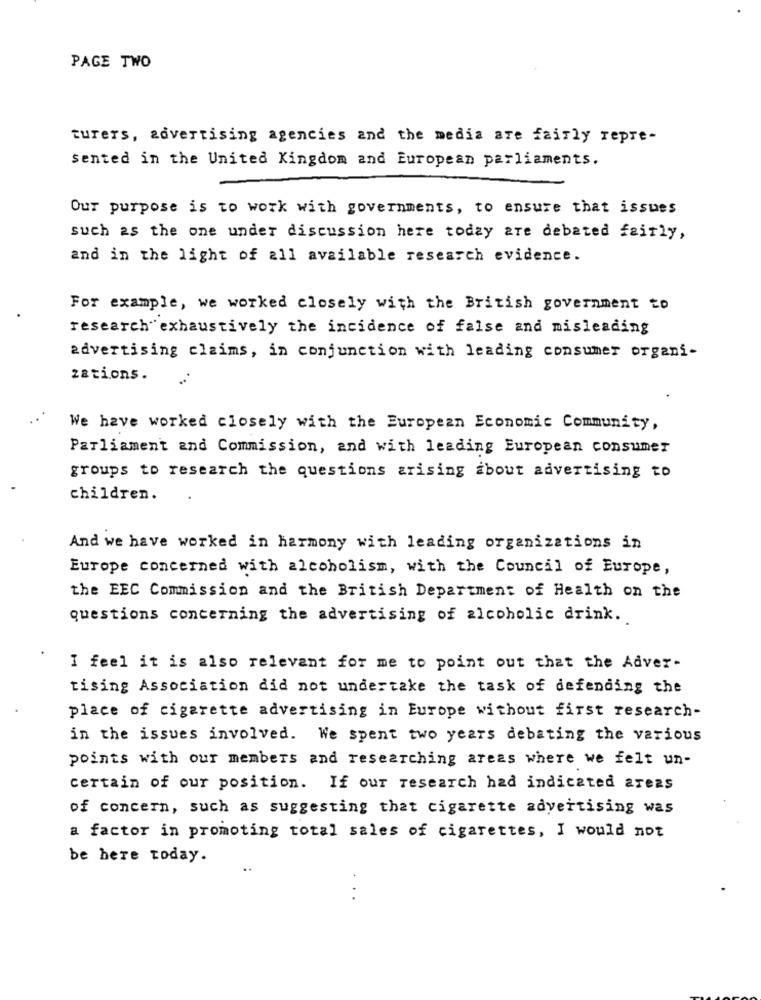
PAGE TWO
turers, advertising agencies and the media are fairly repre-
sented in the United Kingdom and European parliaments.
Our purpose is to work with governments, to ensure that issues
such as the one under discussion here today are debated fairly,
and in the light of all available research evidence.
For example, we worked closely with the British government to
research exhaustively the incidence of false and misleading
advertising claims, in conjunction with leading consumer organi-
zations .
..
We have worked closely with the European Economic Community,
Parliament and Commission, and with leading European consumer
groups to research the questions arising about advertising to
children.
And we have worked in harmony with leading organizations in
Europe concerned with alcoholism, with the Council of Europe,
the EEC Commission and the British Department of Health on the
questions concerning the advertising of alcoholic drink.
I feel it is also relevant for me to point out that the Adver-
tising Association did not undertake the task of defending the
place of cigarette advertising in Europe without first research-
in the issues involved. We spent two years debating the various
points with our members and researching areas where we felt un-
certain of our position. If our research had indicated areas
of concern, such as suggesting that cigarette advertising was
a factor in promoting total sales of cigarettes, I would not
be here today.